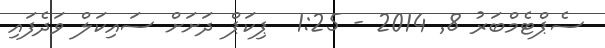
ސެޕްޓެމްބަރު 8